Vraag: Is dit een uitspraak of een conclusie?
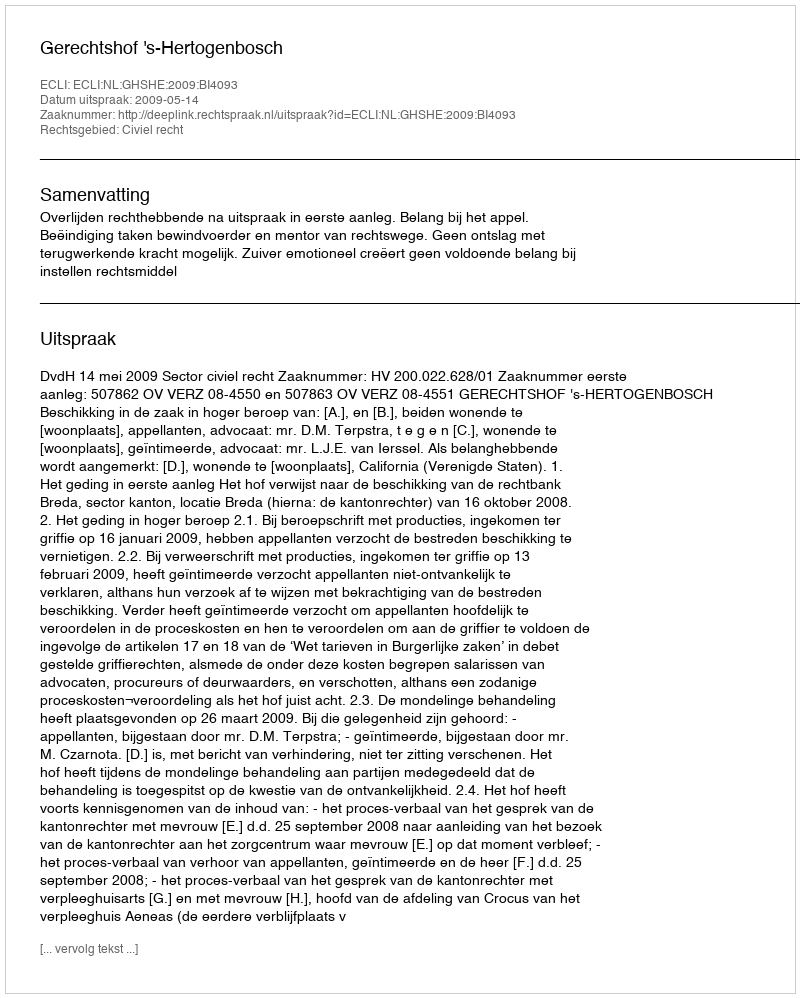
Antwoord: Uitspraak